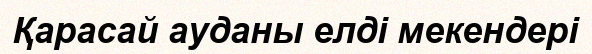
Қарасай ауданы елді мекендері